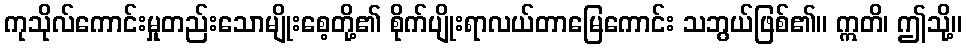
ကုသိုလ်ကောင်းမှုတည်းသောမျိုးစေ့တို့၏ စိုက်ပျိုးရာလယ်တာမြေကောင်း သဘွယ်ဖြစ်၏။ ဣတိ၊ ဤသို့။